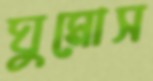
ঘুমোস